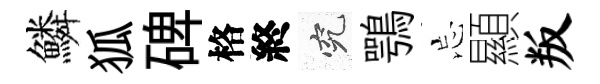
鱗狐碑格終究鶚忘顯叛